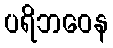
ပရိဘဝေန